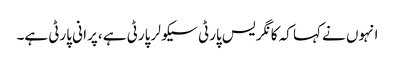
انہوں نے کہا کہ کا نگر یس پارٹی سیکو لر پارٹی ہے ،پرا نی پارٹی ہے۔